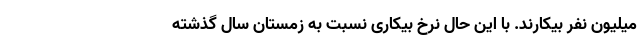
میلیون نفر بیکارند. با این حال نرخ بیکاری نسبت به زمستان سال گذشته